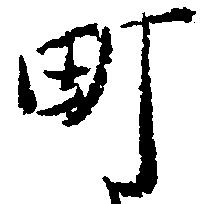
町